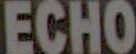
ECHO